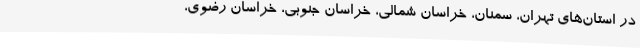
در استان‌های تهران، سمنان، خراسان شمالی، خراسان جنوبی، خراسان رضوی،